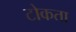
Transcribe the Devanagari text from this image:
टोकता